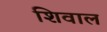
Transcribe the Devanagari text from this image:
शिवाल